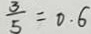
\frac { 3 } { 5 } = 0 . 6